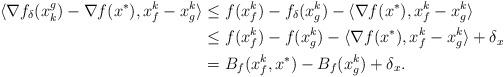
LaTeX: \begin{align*}\langle \nabla f_{\delta}(x^g_k) - \nabla f(x^*), x_f^k - x_g^k \rangle &\leq f(x_f^k) - f_{\delta}(x_g^k)-\langle \nabla f(x^*), x_f^k - x_g^k \rangle\\&\leq f(x_f^k) - f(x_g^k)-\langle \nabla f(x^*), x_f^k - x_g^k \rangle+\delta_x \\&= B_f(x_f^k,x^*)-B_f(x_g^k)+\delta_x.\end{align*}